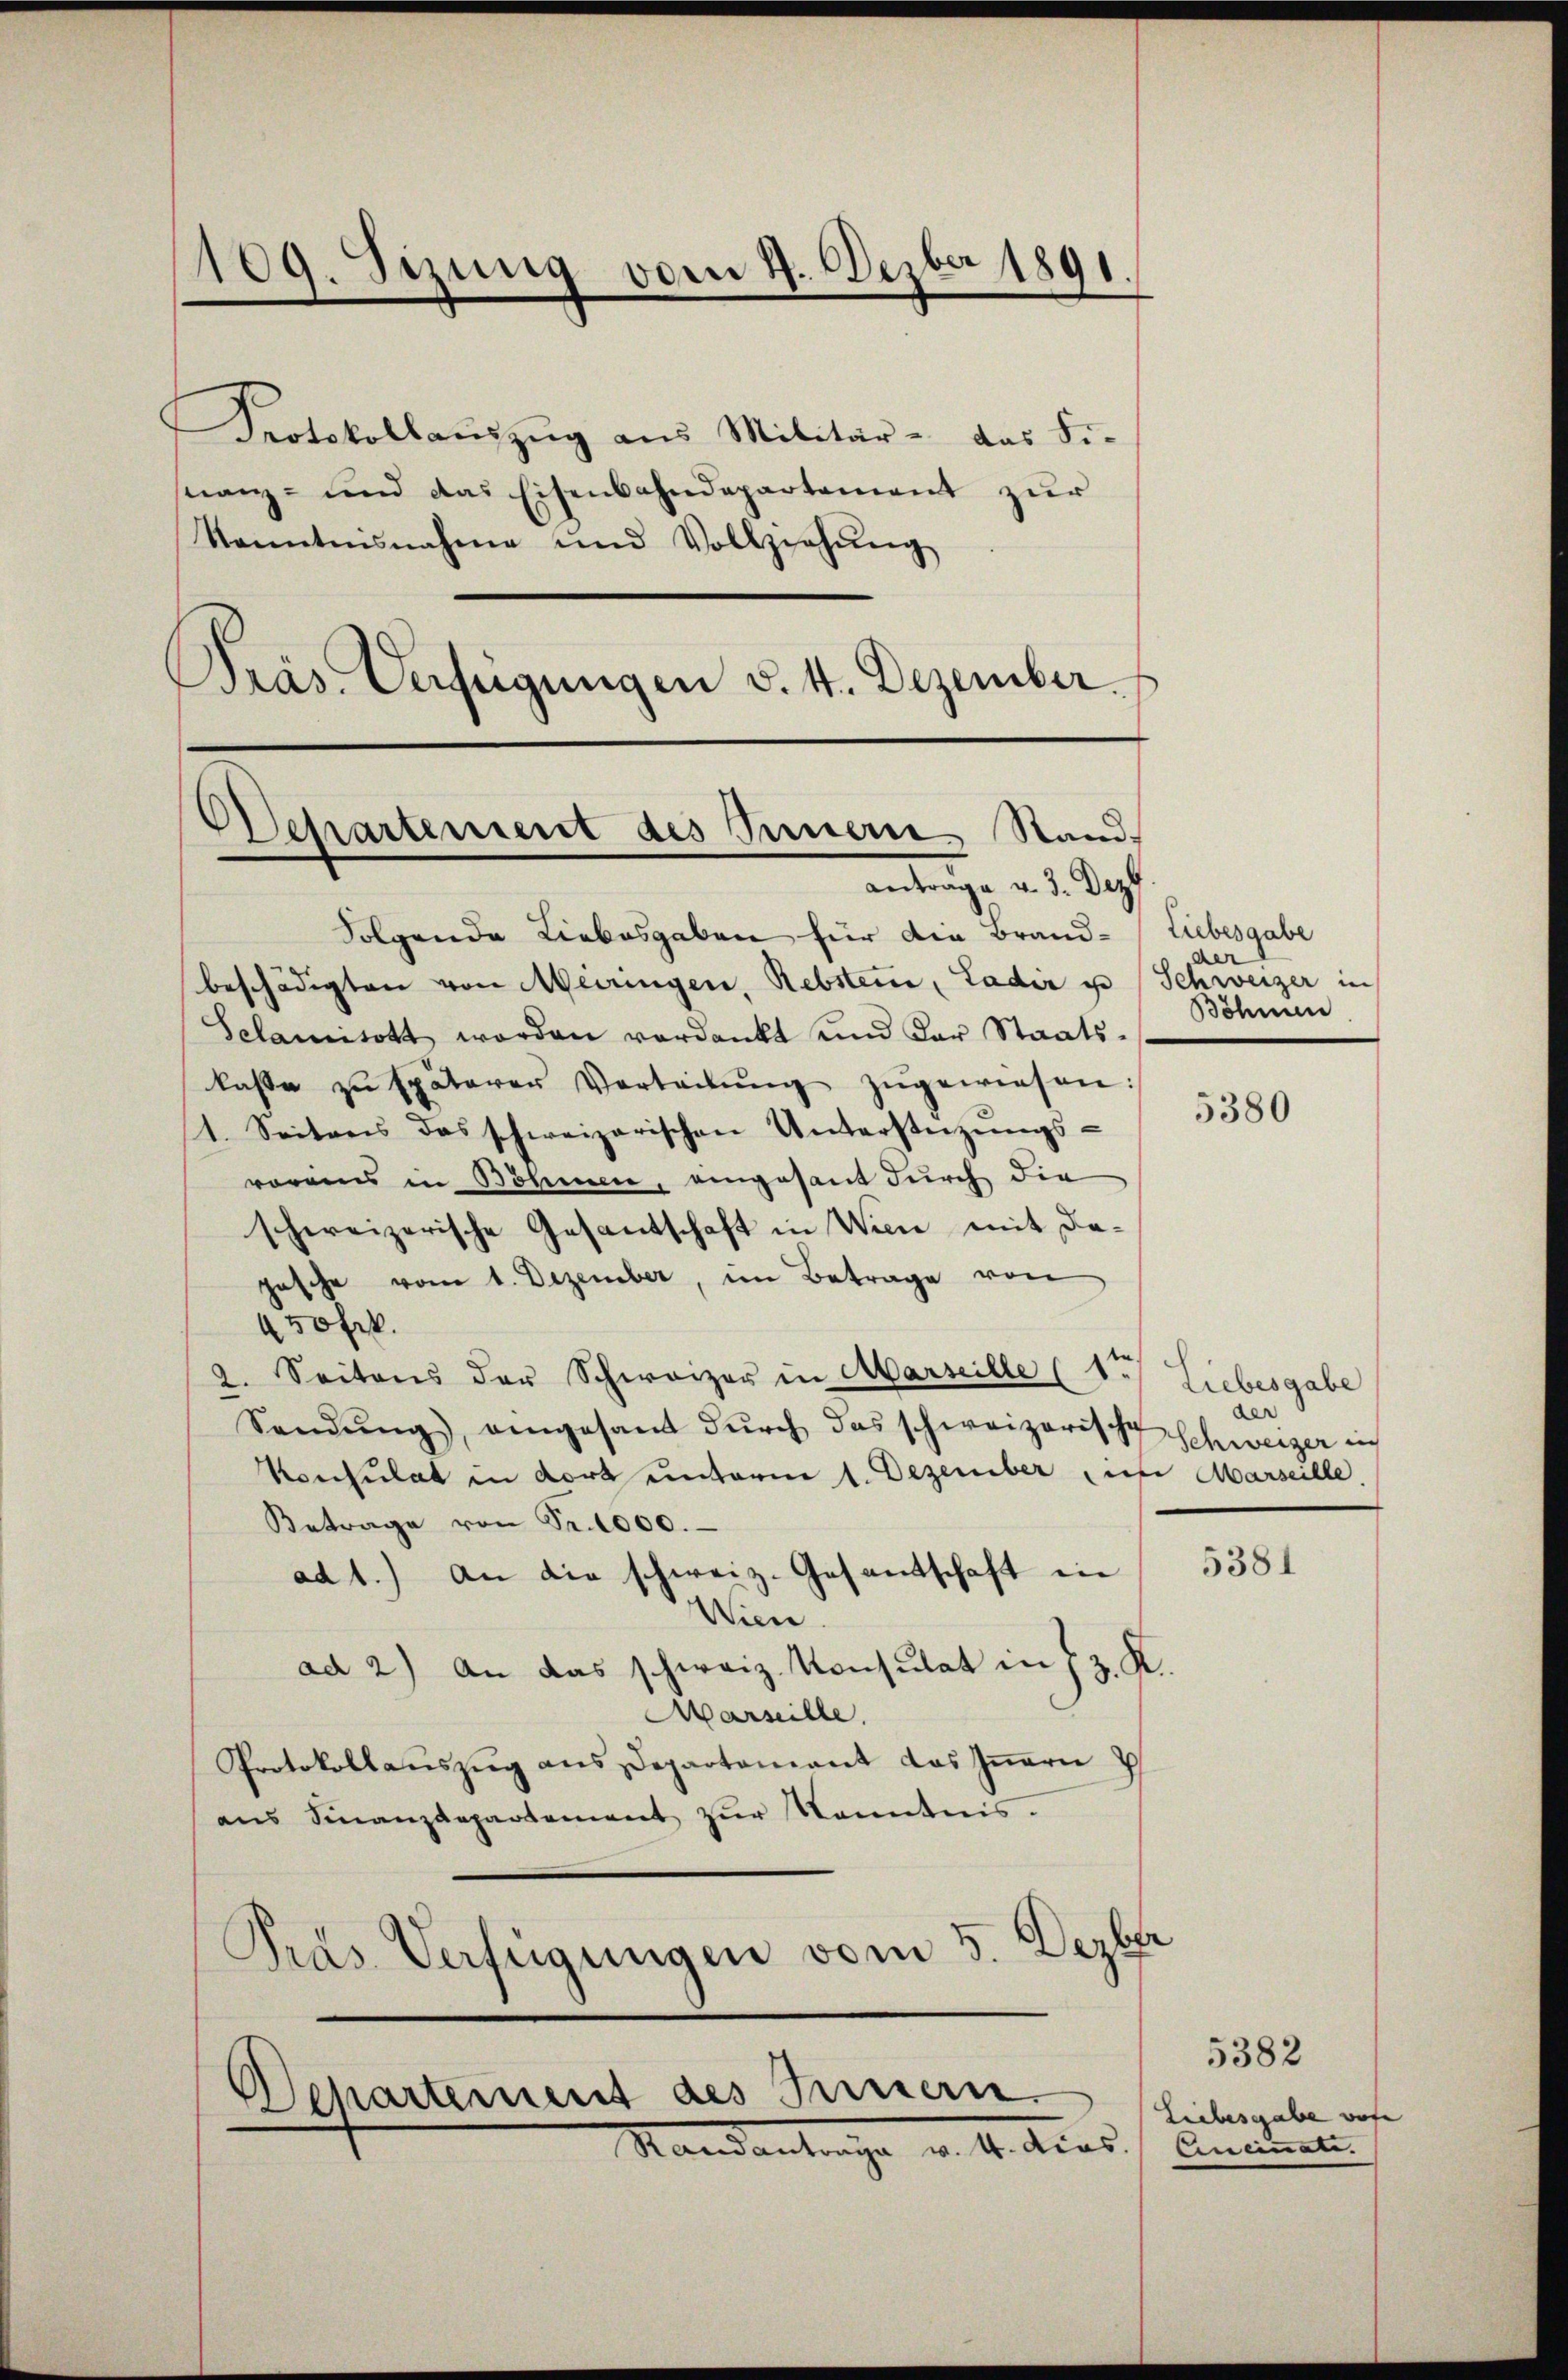
109. Sizung vom 4. Dezbr 1891.

Protokollaŭszŭg ans Militär - das Fi-
nanz- und das Eisenbahndepartement zur
Kenntnisnahme und Vollziehŭng
Präs. Verfügŭngen v. 4. Dezember.

Departement des Innere Stand-
Antrage u. 3. Dez

Folgende Liebesgaben für die Brand- Liebesgabe
beschädigten von Meiringen, Rebsteri, Ladir u. Schweizer in
Sclamitott worden verdankt und der Staatslasse zŭ späterer Vorteilŭng zugewiesen:
1. Seitens das schweizerischen Unterstützŭngs-
voreins in Böhmen, eingesant durch die
schweizerische Gesantschaft in Wien mit dahasche vom 1. Dezember, im Betrage von
450 Frk.
2. Seitens der Schwarzer in Marseille (1. Liebesgabe
Sandŭng, eingesamt dŭrch das schweizerische Schweizer in
Konsulat in dort unterm 1. Dezember diese Marseille.
Betrage von Sr. 1000.
ad 1.) an die schweiz. Gesandtschaft in
Wien
ad 2.) An das schweiz. Konsulat in z. K.
Marseille.
Protokollaŭszŭg ans Departamant das Iṅern
aus Finanzdepartement zur Kenntnis.
Pras Verfügungen vom 5. Dezbr

Departement des Innern.
Randantrage v. M. Acas, Emanati

der
Böhnun

5380

der

5381

5382
Liebesgabe vore